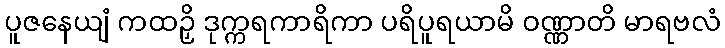
ပူဇနေယျံ ကထဉှိ ဒုက္ကရကာရိကာ ပရိပူရယာမိ ဝဏ္ဏာတိ မာရဗလံ